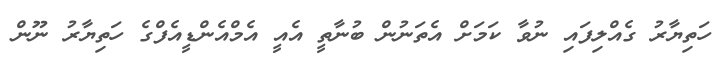
ހަތިޔާރު ގެއްލިފައި ނުވާ ކަމަށް އެތަނުން ބުނާތީ އެއީ އެމްއެންޑީއެފްގެ ހަތިޔާރު ނޫން